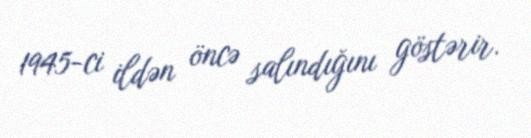
1945-ci ildən öncə salındığını göstərir.